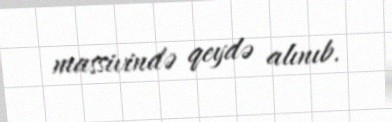
massivində qeydə alınıb.